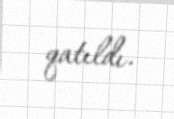
qatıldı.